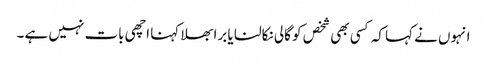
انہوں نے کہا کہ کسی بھی شخص کو گالی نکالنا یا برا بھلا کہنا اچھی بات نہیں ہے ۔